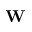
{ \bf W }